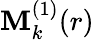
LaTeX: \mathbf{M}_{k}^{(1)}(r)